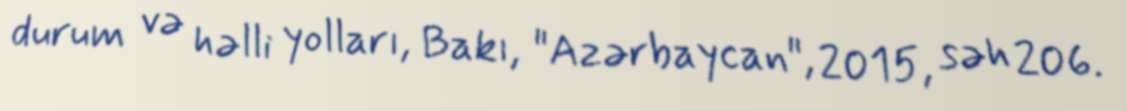
durum və həlli yolları, Bakı, "Azərbaycan", 2015, səh 206.